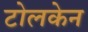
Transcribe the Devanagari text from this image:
टोलकेन